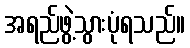
အရည်ဖွဲ့သွားပုံရသည်။